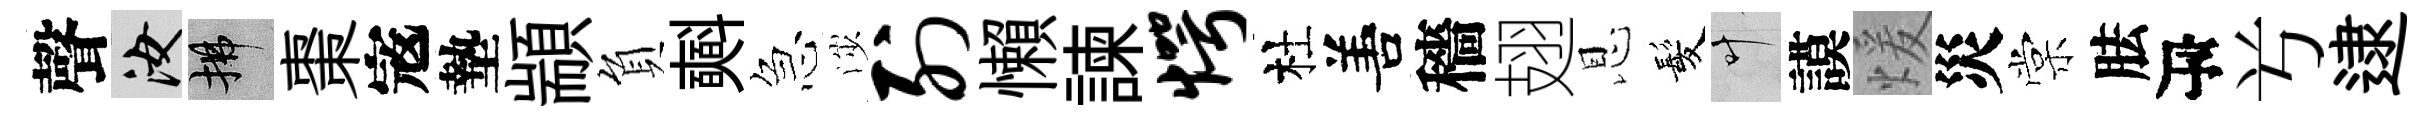
聲汝拂棗𡨥墊顓負𣂏急渉列懶諫愕杜𠵊穡翅恩髪叶謨煖災棠胠瓴𠔃逮